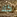
كلا